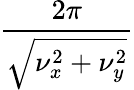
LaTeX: \frac{2\pi}{\sqrt{\nu_{x}^{2}+\nu_{y}^{2}}}